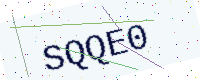
Text: SQQE0